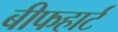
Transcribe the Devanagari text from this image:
बीफहार्ट